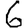
Digit: 6